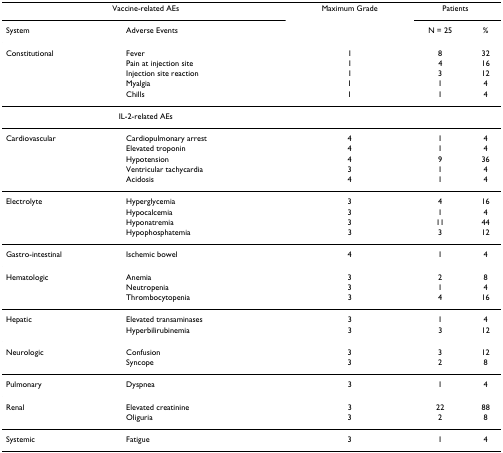
<table><thead><tr><td colspan="2"><b>Vaccine-related AEs</b></td><td><b>Maximum Grade</b></td><td colspan="2"><b>Patients</b></td></tr><tr><td><b>System</b></td><td><b>Adverse Events</b></td><td></td><td><b>N = 25</b></td><td><b>%</b></td></tr></thead><tbody><tr><td>Constitutional</td><td>Fever</td><td>1</td><td>8</td><td>32</td></tr><tr><td></td><td>Pain at injection site</td><td>1</td><td>4</td><td>16</td></tr><tr><td></td><td>Injection site reaction</td><td>1</td><td>3</td><td>12</td></tr><tr><td></td><td>Myalgia</td><td>1</td><td>1</td><td>4</td></tr><tr><td></td><td>Chills</td><td>1</td><td>1</td><td>4</td></tr><tr><td colspan="2">IL-2-related AEs</td><td></td><td></td><td></td></tr><tr><td>Cardiovascular</td><td>Cardiopulmonary arrest</td><td>4</td><td>1</td><td>4</td></tr><tr><td></td><td>Elevated troponin</td><td>4</td><td>1</td><td>4</td></tr><tr><td></td><td>Hypotension</td><td>4</td><td>9</td><td>36</td></tr><tr><td></td><td>Ventricular tachycardia</td><td>3</td><td>1</td><td>4</td></tr><tr><td></td><td>Acidosis</td><td>4</td><td>1</td><td>4</td></tr><tr><td>Electrolyte</td><td>Hyperglycemia</td><td>3</td><td>4</td><td>16</td></tr><tr><td></td><td>Hypocalcemia</td><td>3</td><td>1</td><td>4</td></tr><tr><td></td><td>Hyponatremia</td><td>3</td><td>11</td><td>44</td></tr><tr><td></td><td>Hypophosphatemia</td><td>3</td><td>3</td><td>12</td></tr><tr><td>Gastro-intestinal</td><td>Ischemic bowel</td><td>4</td><td>1</td><td>4</td></tr><tr><td>Hematologic</td><td>Anemia</td><td>3</td><td>2</td><td>8</td></tr><tr><td></td><td>Neutropenia</td><td>3</td><td>1</td><td>4</td></tr><tr><td></td><td>Thrombocytopenia</td><td>3</td><td>4</td><td>16</td></tr><tr><td>Hepatic</td><td>Elevated transaminases</td><td>3</td><td>1</td><td>4</td></tr><tr><td></td><td>Hyperbilirubinemia</td><td>3</td><td>3</td><td>12</td></tr><tr><td>Neurologic</td><td>Confusion</td><td>3</td><td>3</td><td>12</td></tr><tr><td></td><td>Syncope</td><td>3</td><td>2</td><td>8</td></tr><tr><td>Pulmonary</td><td>Dyspnea</td><td>3</td><td>1</td><td>4</td></tr><tr><td>Renal</td><td>Elevated creatinine</td><td>3</td><td>22</td><td>88</td></tr><tr><td></td><td>Oliguria</td><td>3</td><td>2</td><td>8</td></tr><tr><td>Systemic</td><td>Fatigue</td><td>3</td><td>1</td><td>4</td></tr></tbody></table>